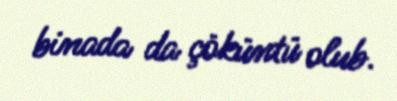
binada da çöküntü olub.